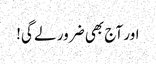
اور آج بھی ضرور لے گی!